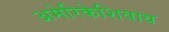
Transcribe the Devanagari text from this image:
अमेरिकेशिवाय